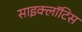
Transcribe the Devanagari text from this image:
साइक्लॉटिस